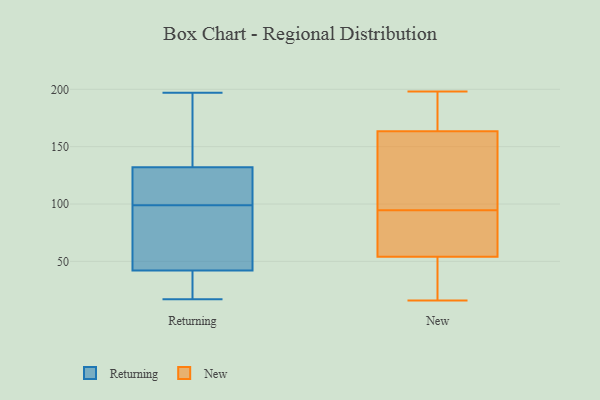
{"axis": {"x": "Shipments", "y": "Value"}, "legend": ["New", "Returning"], "data": [{"x": "", "y": 186, "type": "Returning"}, {"x": "", "y": 120, "type": "Returning"}, {"x": "", "y": 86, "type": "Returning"}, {"x": "", "y": 35, "type": "Returning"}, {"x": "", "y": 119, "type": "Returning"}, {"x": "", "y": 26, "type": "Returning"}, {"x": "", "y": 87, "type": "Returning"}, {"x": "", "y": 197, "type": "Returning"}, {"x": "", "y": 132, "type": "Returning"}, {"x": "", "y": 132, "type": "Returning"}, {"x": "", "y": 78, "type": "Returning"}, {"x": "", "y": 49, "type": "Returning"}, {"x": "", "y": 111, "type": "Returning"}, {"x": "", "y": 160, "type": "Returning"}, {"x": "", "y": 17, "type": "Returning"}, {"x": "", "y": 182, "type": "Returning"}, {"x": "", "y": 28, "type": "Returning"}, {"x": "", "y": 42, "type": "Returning"}, {"x": "", "y": 164, "type": "New"}, {"x": "", "y": 164, "type": "New"}, {"x": "", "y": 29, "type": "New"}, {"x": "", "y": 184, "type": "New"}, {"x": "", "y": 43, "type": "New"}, {"x": "", "y": 54, "type": "New"}, {"x": "", "y": 67, "type": "New"}, {"x": "", "y": 91, "type": "New"}, {"x": "", "y": 163, "type": "New"}, {"x": "", "y": 85, "type": "New"}, {"x": "", "y": 150, "type": "New"}, {"x": "", "y": 110, "type": "New"}, {"x": "", "y": 198, "type": "New"}, {"x": "", "y": 29, "type": "New"}, {"x": "", "y": 70, "type": "New"}, {"x": "", "y": 54, "type": "New"}, {"x": "", "y": 16, "type": "New"}, {"x": "", "y": 110, "type": "New"}, {"x": "", "y": 184, "type": "New"}, {"x": "", "y": 98, "type": "New"}]}